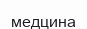
медцина